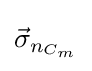
{\textstyle {\vec {\sigma }}_{n_{C_{m}}}}